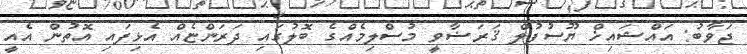
ޖަވާބު: އައްޝައިޚް ޔޫސުފުލް ޤަރަޟާވީ މުސްލިމެއްގެ ބޮލުގައި ދަރަންޏެއް އެޅިފައި އޮތުން އެއީ